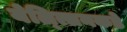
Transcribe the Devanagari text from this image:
येल्त्सिनकडे